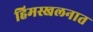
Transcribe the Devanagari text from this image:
हिमस्खलनात